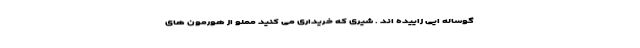
گوساله ایی زاییده اند . شیری که خریداری می کنید مملو از هورمون های